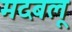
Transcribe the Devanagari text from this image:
मदबलू